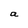
Character: a